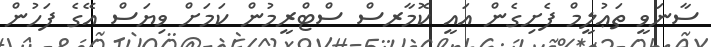
ސާނަވީ ތަޢުލީމް ފެށިގެން އައީ ކޮމާރސް ސްޓްރީމުން ކަމަށް ވިޔަސް އޭގެ ފަހުން